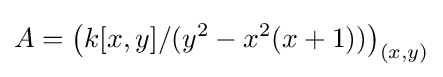
A=\left(k[x,y]/(y^{2}-x^{2}(x+1))\right)_{(x,y)}